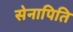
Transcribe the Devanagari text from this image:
सेनापिति